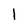
Character: 1